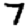
Digit: 7